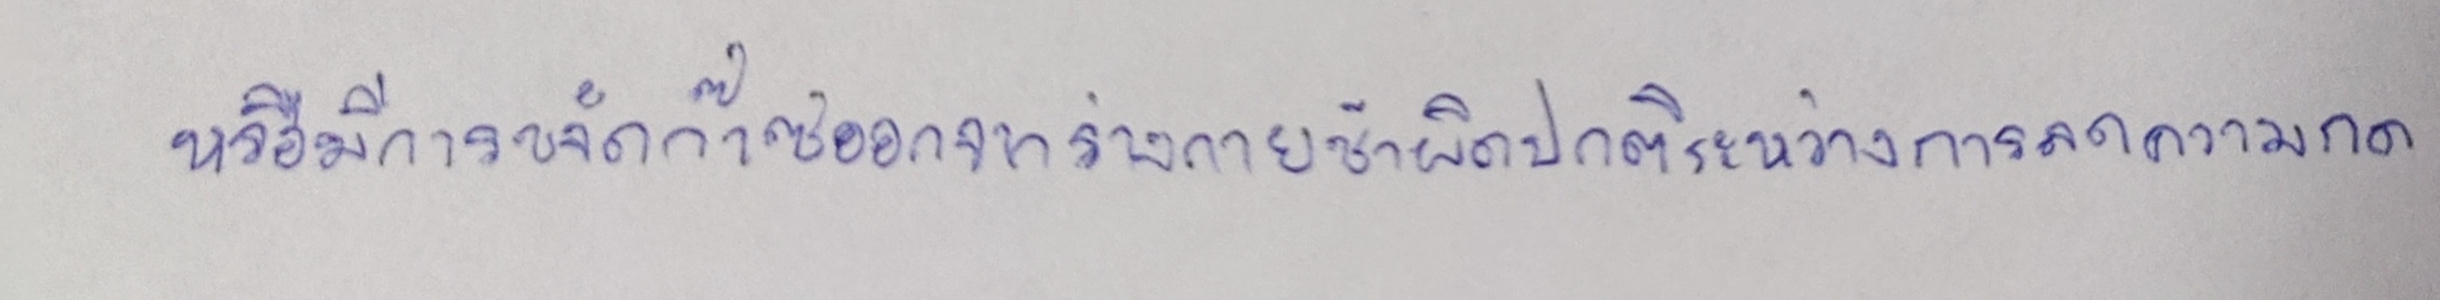
หรือมีการขจัดก๊าซออกจากร่างกายช้าผิดปกติระหว่างการลดความกด